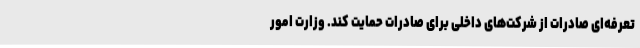
تعرفه‌ای صادرات از شرکت‌های داخلی برای صادرات حمایت کند. وزارت امور